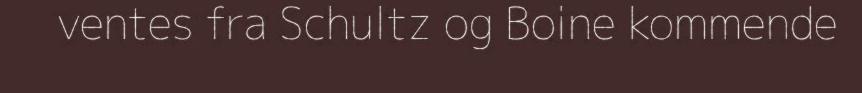
ventes fra Schultz og Boine kommende